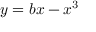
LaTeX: \ y = b x - x ^ { 3 }